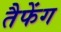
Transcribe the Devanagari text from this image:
तैफेंग